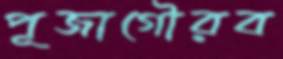
পূজাগৌরব